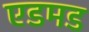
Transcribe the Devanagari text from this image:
एडमड